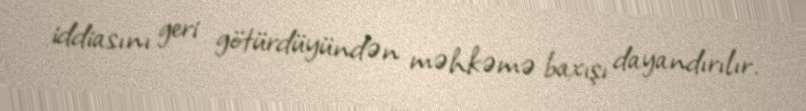
iddiasını geri götürdüyündən məhkəmə baxışı dayandırılır.